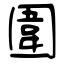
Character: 圍